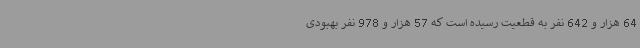
64 هزار و 642 نفر به قطعیت رسیده است که 57 هزار و 978 نفر بهبودی